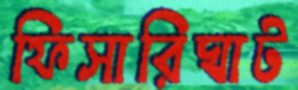
ফিসারিঘাট